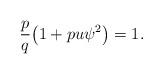
LaTeX: \begin{align*}\frac{p}{q}\big(1 + pu\psi^2\big) = 1.\end{align*}